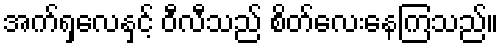
အက်ရှလေနှင့် ဝီလီသည် စိတ်လေးနေကြသည်။